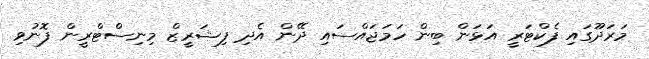
މަރަދޫގައި ފެކްޓަރީ އަޅަން ބިން ހަމަޖައްސައި ދޭން އެދި ފިޝަރީޒް މިނިސްޓްރީން ފޮނުވި